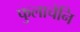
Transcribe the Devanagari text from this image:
फुलाचेनि